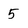
Character: 5